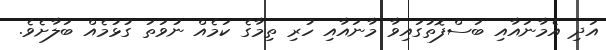
އަދި އެމާނައާއި ބަސްފޮތުގައިވާ މާނައާއި ހުރި ތިމާގެ ކަމެއް ނުވަތަ ގުޅުމެއް ބަލާށެވެ.